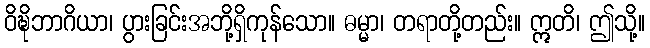
ဝိဍ္ဎိဘာဂိယာ၊ ပွားခြင်းအဘို့ရှိကုန်သော။ ဓမ္မာ၊ တရာတို့တည်း။ ဣတိ၊ ဤသို့။